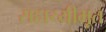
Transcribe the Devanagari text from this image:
सहाय्यीभूत